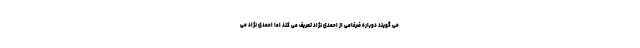
می گویند دوباره ضرغامی از احمدی نژاد تعریف می کند اما احمدی نژاد می